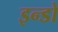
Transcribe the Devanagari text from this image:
इन्डो